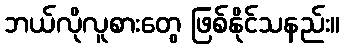
ဘယ်လိုလူစားတွေ ဖြစ်နိုင်သနည်း။